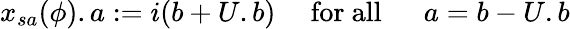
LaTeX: x_{sa}(\phi).a:=i(b+U.b)\mathrm{\quad~for~all~\quad~}a=b-U.b